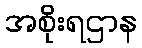
အစိုးရဌာန